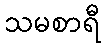
သမစာရီ